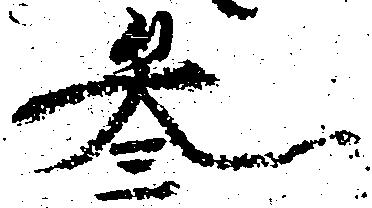
参